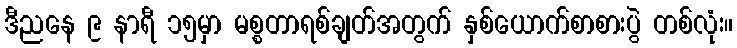
ဒီညနေ ၉ နာရီ ၁၅မှာ မစ္စတာရစ်ချတ်အတွက် နှစ်ယောက်စာစားပွဲ တစ်လုံး။